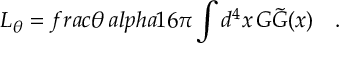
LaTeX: { \cal L } _ { \theta } = f r a c { \theta \, a l p h a } { 1 6 \pi } \int d ^ { 4 } x \, G \tilde { G } ( x ) \quad .